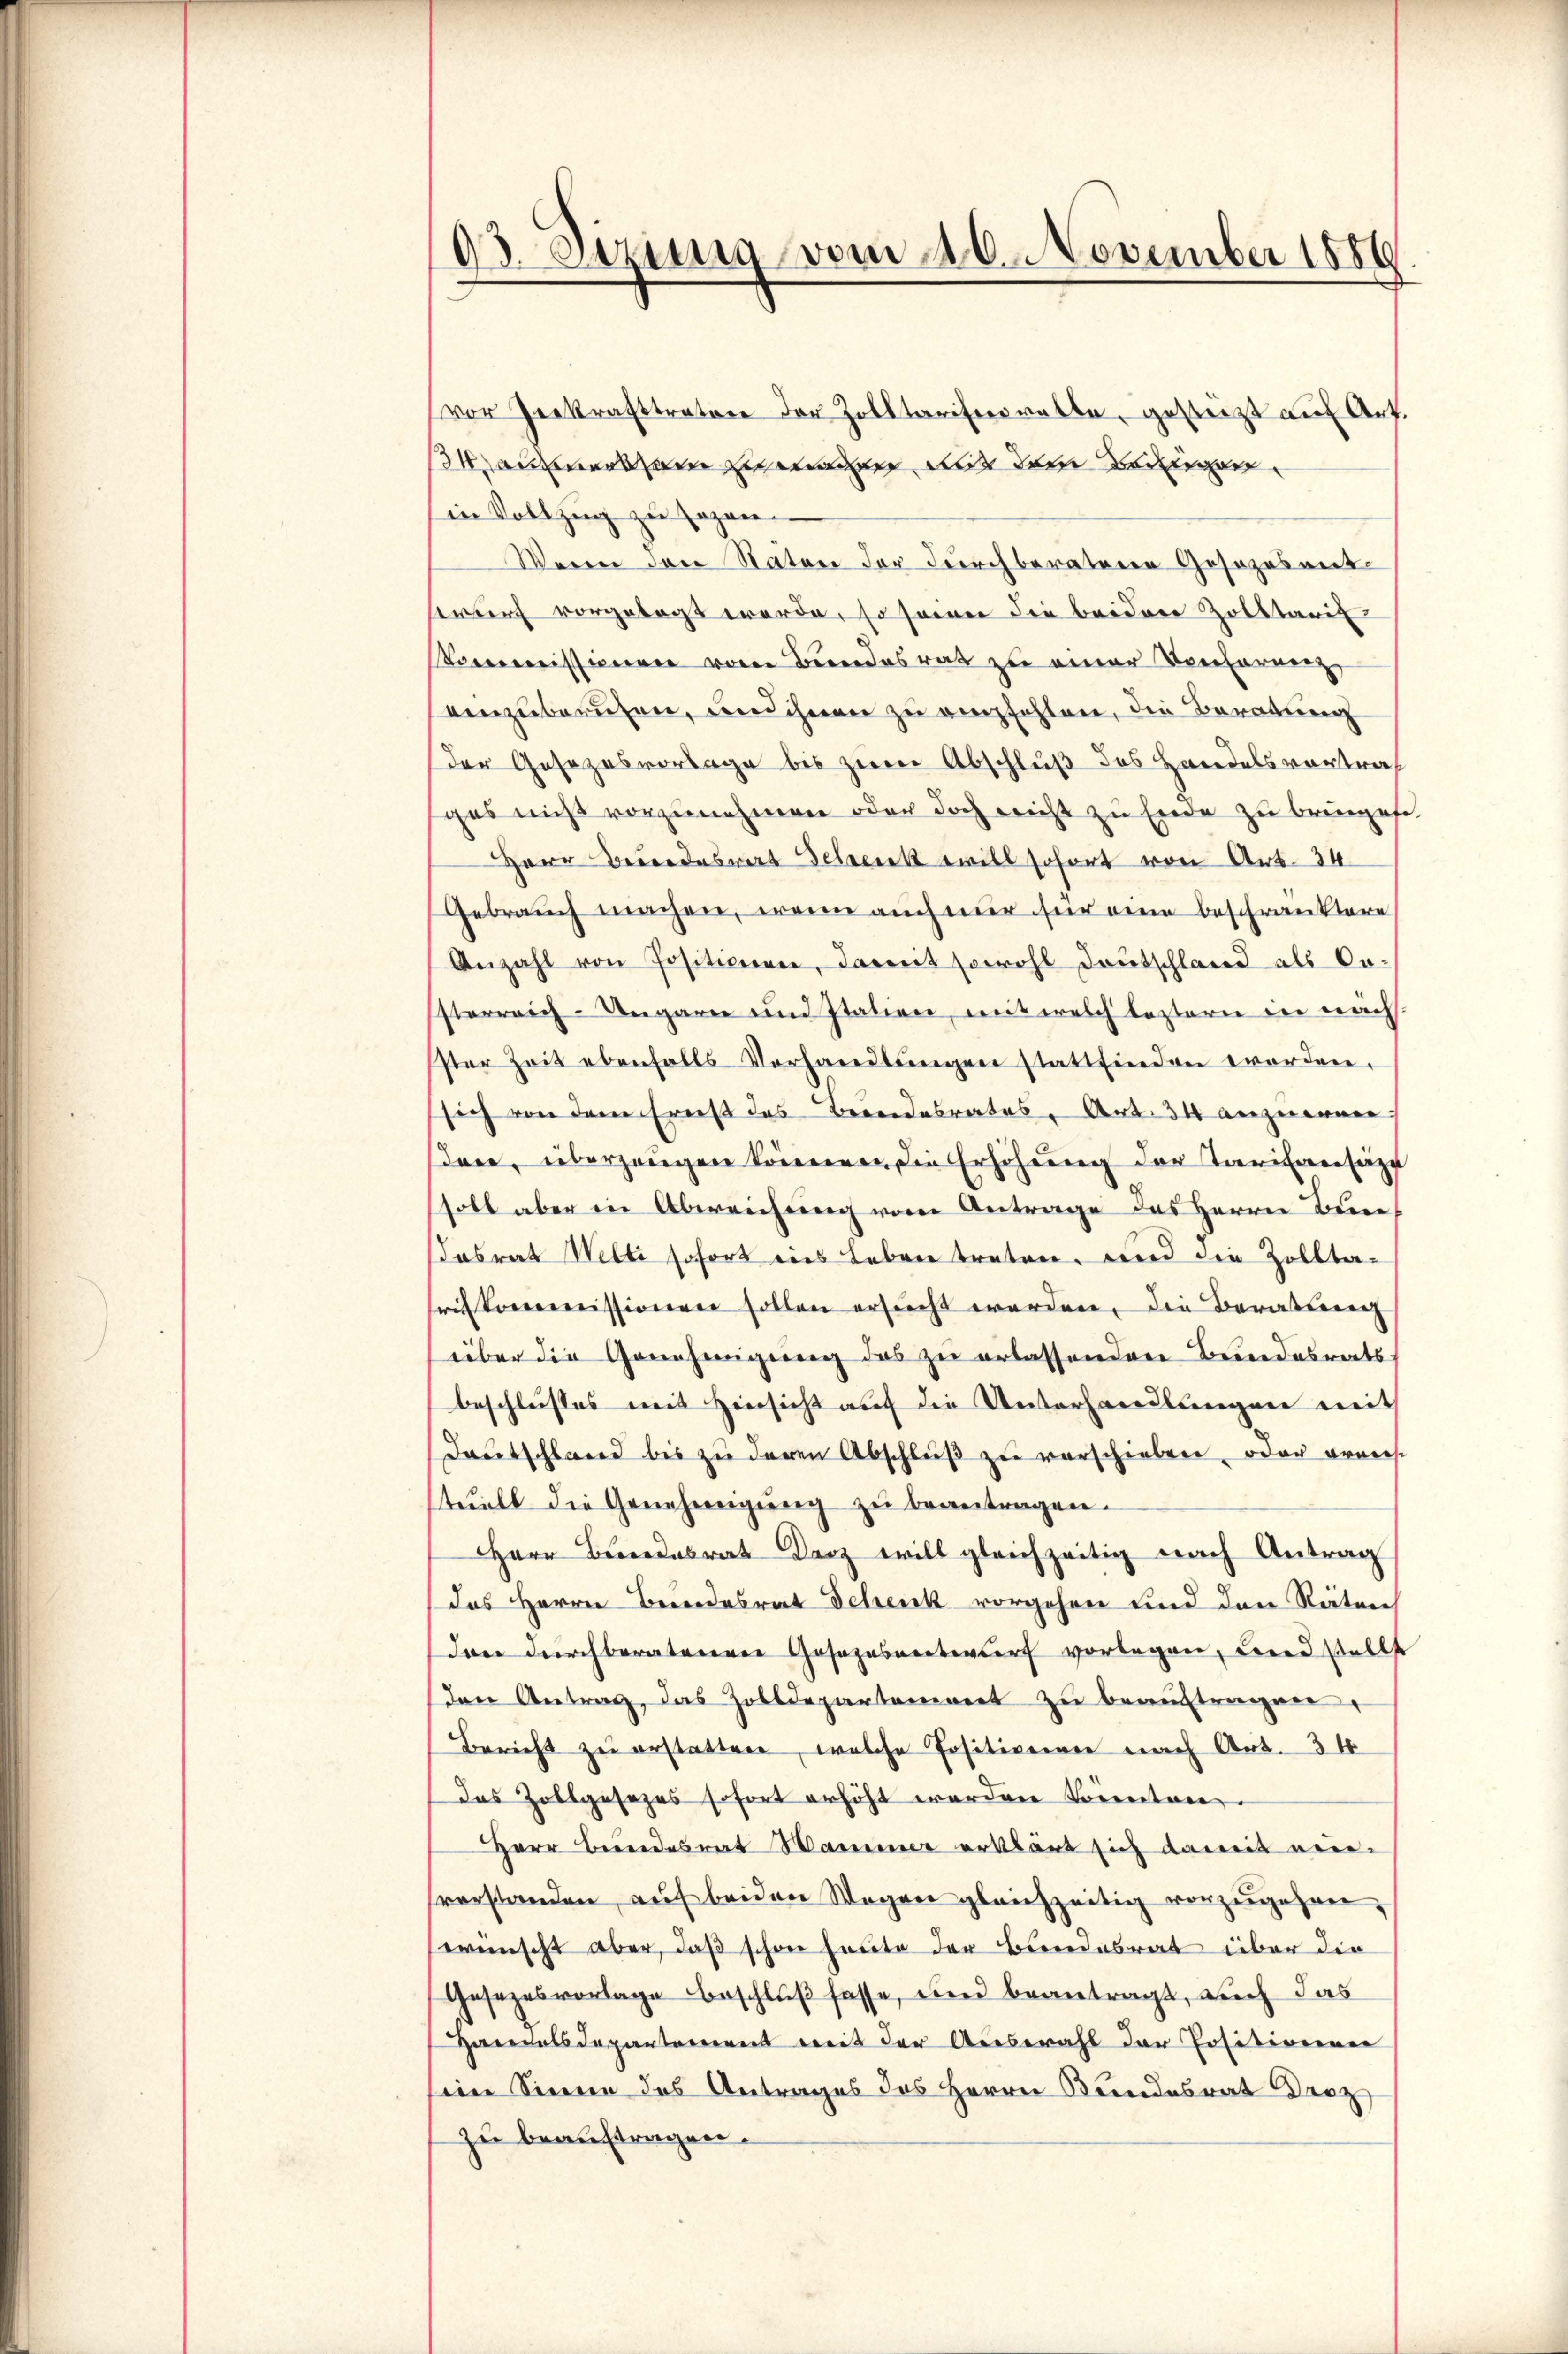
93. Sizinig vom 20. November 1886

vor Zerkrafttratore der Zolltaristerrathe, gestützt auf Art.
34 anwendein zweier mit dem Bedinger
in Vollzug zu sagen.
Wenn das Naton der durchboratoren Gesezesent-
twurf vorgelegt werde, so sei die beiden Zolltarif
Mommissionen vom Bundesrat zu einer Verharung
einzuberufen, und ihnen zu empfehlen, die Beratung
Der Gesezesvorlage bis zum Abschluß des Handelsvortref
ges nicht vorzunehmen oder doch nicht zu Ende zu bringehe.
Herr Bundesrat Schenk will sofort von Art. 34
Gebrauch machen, wenn auch nur für eine beschränktere
Anzahl von Positionen, damit sowohl deŭtschland als Co¬
Esterreich-Ungaren und Italien, mit welch leztern in nach.
ster Zeit ebenfalls Verhandlŭngen stattfinden werden.
sich von dem Ernst des Beendesrates, Art. 34 anzuemen
dare, überzeugen können, die Erhöhung der Taritansähe
soll aber in Abereichung von Antrage des Herrn Bene
abrat Welti sofort eins Leben treten. Und die Zolltasrekonomissionen sollen ersucht worden, die Barableich
über die Genehmigung des zu erlassenden Bundesrath
beschlusses mit Hinsicht auf die Unterhandlungen mit
Deutschland bis zŭ deren Abschlŭβ zŭ verschieben, oder erwies
tuell die Genehmigŭng zŭ beantragen.
Herr Bundesrat Dez will gleichzeitig nach Antrag
das Herrn Bundesrat Schenk vorgehen und den Räten
Denn durchberatureren Gosazasvertendorf vorlegen, bered stellt
den Antrag, das Zolldepartement zu beauftragen.
Bericht zu erstatten, welche Positionen nach Art. 34
das Zollgesezes sofort erhöht werden könnten.
Herr Bundesrat Wammer erklärt sich damit einvorstanden, auf beiden Wegen gleichzeitig vorzugehen,
wünscht aber, daß schon heute der Bundesrat über die
Gesezesvorlage beschlŭβ fasse, und beantragt, auch das
Handelsdepartement mit der Auswahl der Positionenen
eim Sinne des Antrages des Herrn Beendesrat Droz
zu beauftragen.